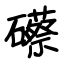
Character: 礤